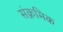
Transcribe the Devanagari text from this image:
संक्रमिक